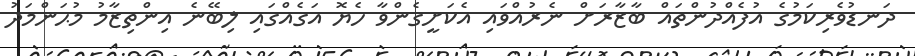
ދަނޑުވެރިކަމުގެ އުފެއްދުންތައް ބާޒާރަށް ނެރުއްވައި އެކަށީގެންވާ ހެޔޮ އަގެއްގައި ލިބޭނެ އިންތިޒާމު މުޙަންމަދު